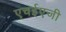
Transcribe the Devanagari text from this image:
एचईएजी